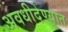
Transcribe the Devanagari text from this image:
अवधीदेण्यात